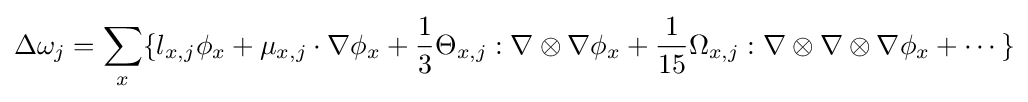
\Delta \omega _{j}=\sum _{x}\{l_{x,j}\phi _{x}+{\mathbf {\mu } }_{x,j}\cdot \nabla \phi _{x}+{\frac {1}{3}}\Theta _{x,j}:\nabla \otimes \nabla \phi _{x}+{\frac {1}{15}}\Omega _{x,j}:\nabla \otimes \nabla \otimes \nabla \phi _{x}+\cdots \}